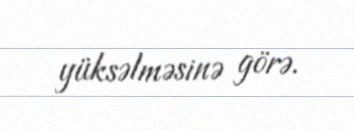
yüksəlməsinə görə.